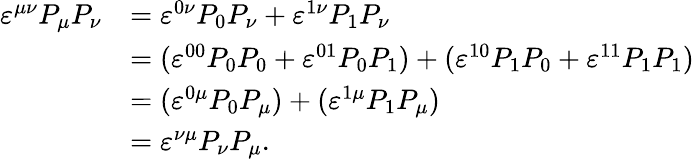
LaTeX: \begin{array}{rl}{\varepsilon^{\mu\nu}P_{\mu}P_{\nu}}&{=\varepsilon^{0\nu}P_{0}P_{\nu}+\varepsilon^{1\nu}P_{1}P_{\nu}}\\ &{=(\varepsilon^{00}P_{0}P_{0}+\varepsilon^{01}P_{0}P_{1})+(\varepsilon^{10}P_{1}P_{0}+\varepsilon^{11}P_{1}P_{1})}\\ &{=(\varepsilon^{0\mu}P_{0}P_{\mu})+(\varepsilon^{1\mu}P_{1}P_{\mu})}\\ &{=\varepsilon^{\nu\mu}P_{\nu}P_{\mu}.}\end{array}